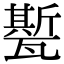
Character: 㽄